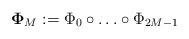
LaTeX: \begin{align*}{ \bf \Phi}_{M} := \Phi_0 \circ \ldots \circ \Phi_{2 M-1} \end{align*}